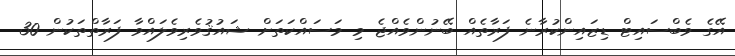
އޭގެ ވެބްސައިޓް ޑިޒައިންކުރާނެ ފަރާތެއް ބޭނުންވެއްޖެ މި މަސައްކަތަށް ޝައުޤުވެރިވެލައްވާ ފަރާތްތަކުން 30